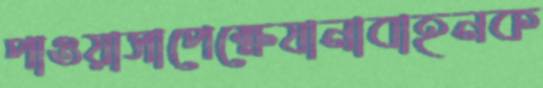
পাওয়াসাপেক্ষেযানাবাহনক